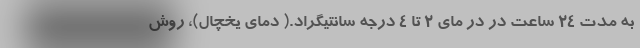
به مدت ۲۴ ساعت در در مای ۲ تا ۴ درجه سانتیگراد.( دمای یخچال)، روش